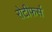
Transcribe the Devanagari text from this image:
रोटीफर्स